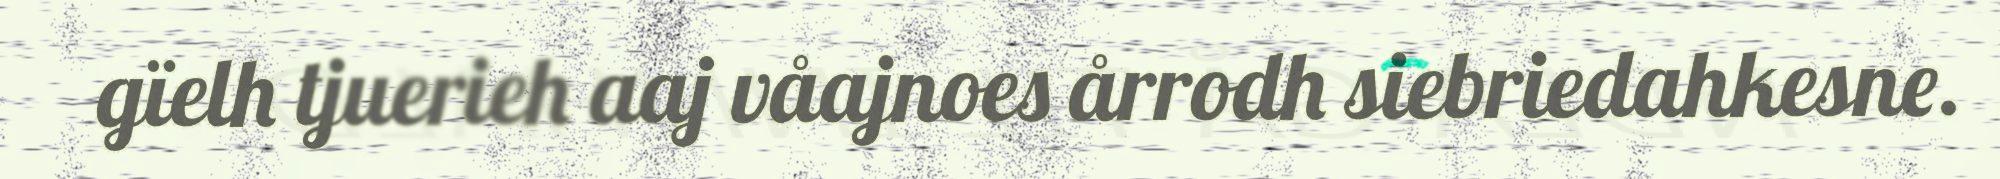
gïelh tjuerieh aaj våajnoes årrodh siebriedahkesne.